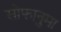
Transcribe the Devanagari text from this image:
सोफानुमा